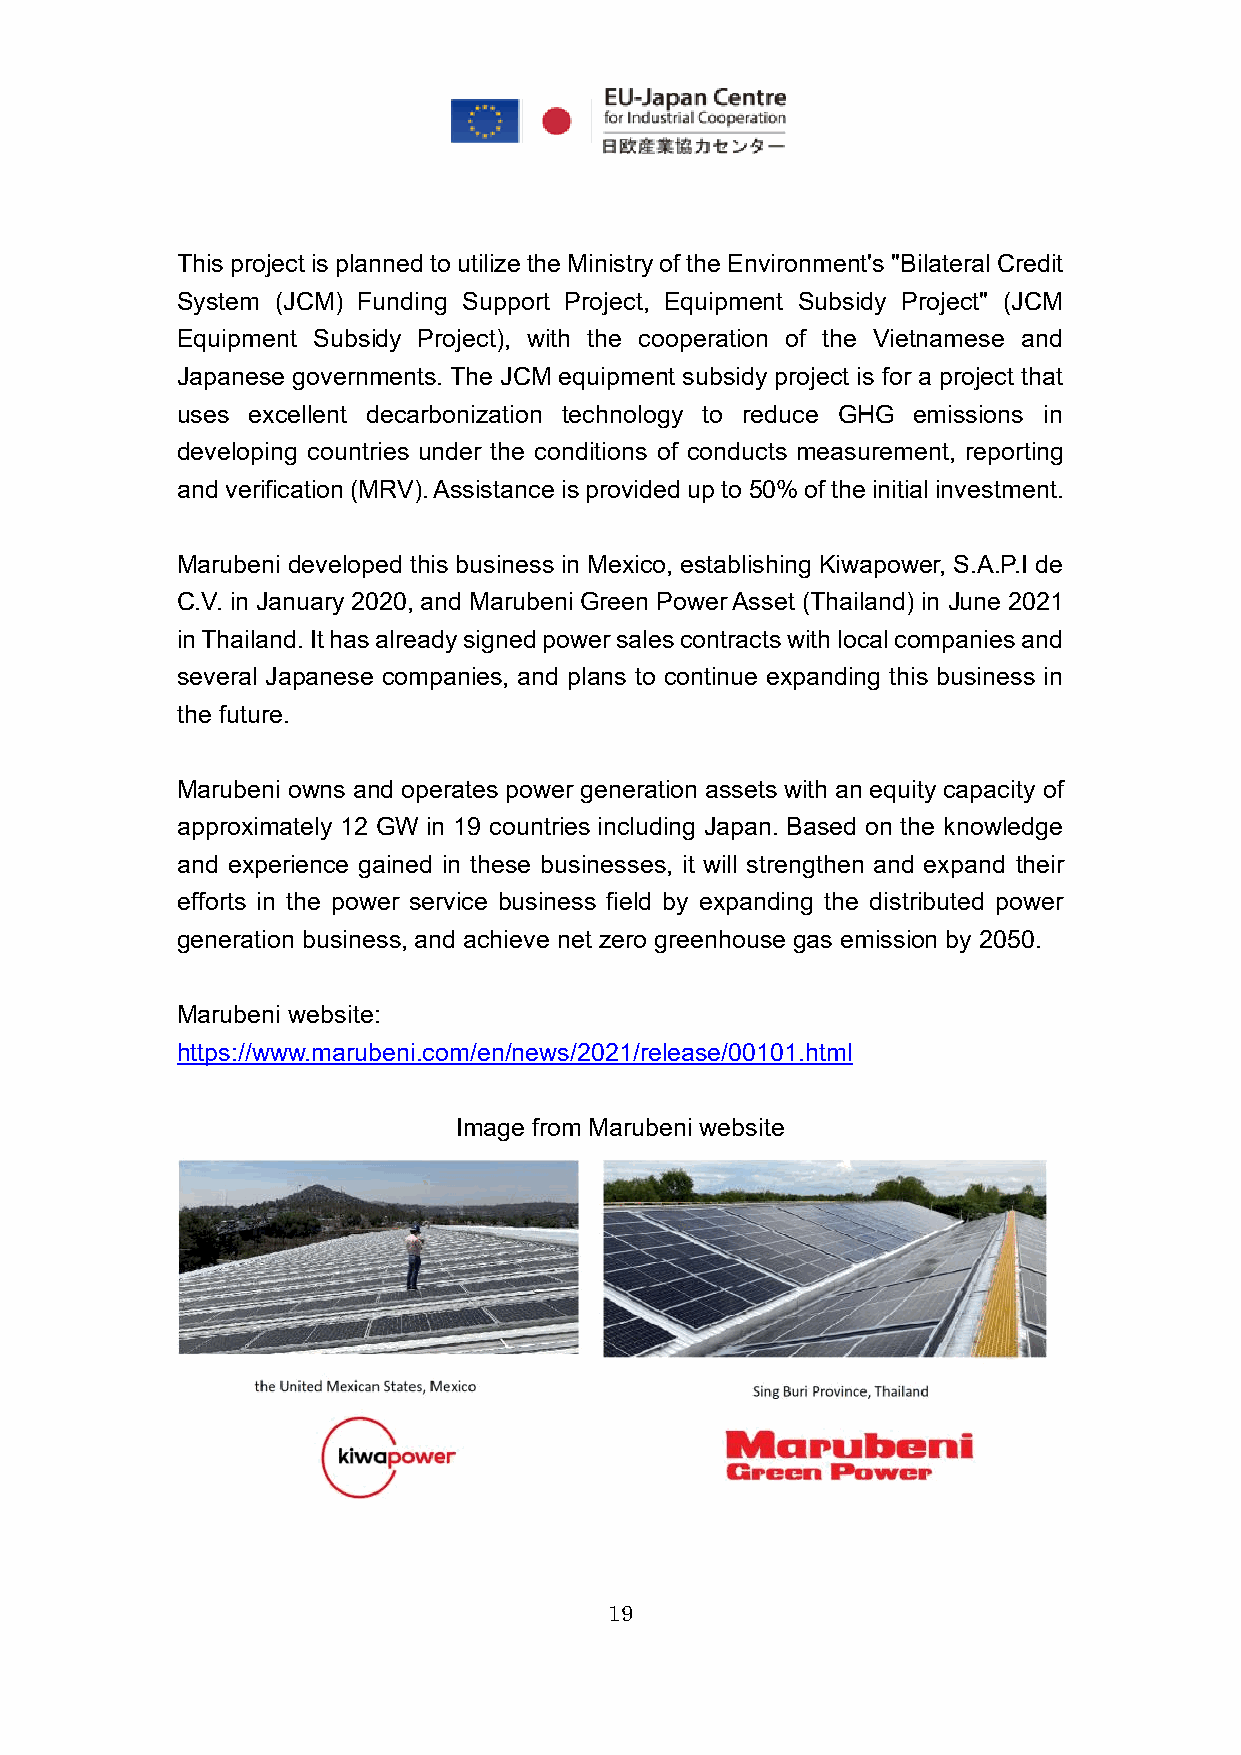
This project is planned to utilize the Ministry of the Environment's "Bilateral Credit
 System (JCM) Funding Support Project, Equipment Subsidy Project" (JCM
 Equipment Subsidy Project), with the cooperation of the Vietnamese and
 Japanese governments. The JCM equipment subsidy project is for a project that
 uses excellent decarbonization technology to reduce GHG emissions in
 developing countries under the conditions of conducts measurement, reporting
 and verification (MRV). Assistance is provided up to 50% of the initial investment.
 Marubeni developed this business in Mexico, establishing Kiwapower, S.A.P.I de
 C.V. in January 2020, and Marubeni Green Power Asset (Thailand) in June 2021
 in Thailand. It has already signed power sales contracts with local companies and
 several Japanese companies, and plans to continue expanding this business in
 the future.
 Marubeni owns and operates power generation assets with an equity capacity of
 approximately 12 GW in 19 countries including Japan. Based on the knowledge
 and experience gained in these businesses, it will strengthen and expand their
 efforts in the power service business field by expanding the distributed power
 generation business, and achieve net zero greenhouse gas emission by 2050.
 Marubeni website:
 https://www.marubeni.com/en/news/2021/release/00101.html
 Image from Marubeni website
 19